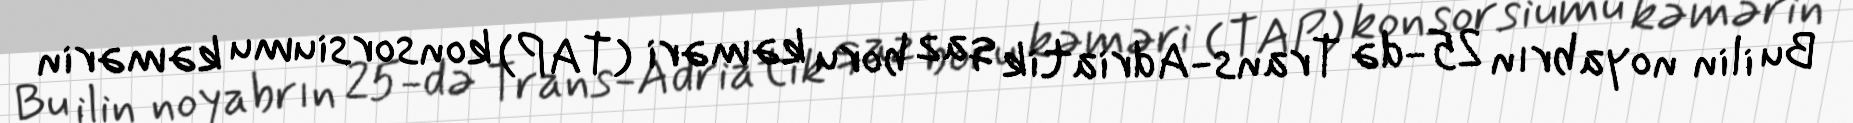
Bu ilin noyabrın 25-də Trans-Adriatik qaz boru kəməri (TAP) konsorsiumu kəmərin